Language: tamil
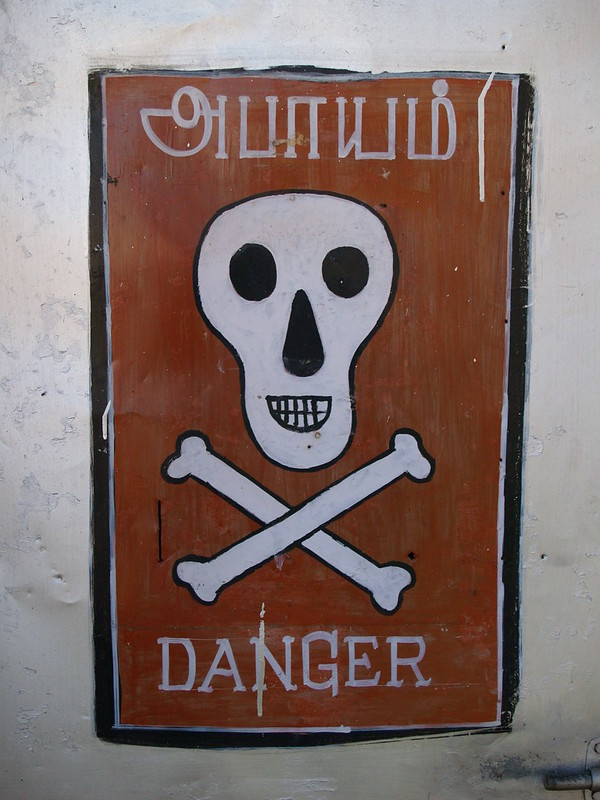
Transcription: அபாயம்